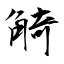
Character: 觭